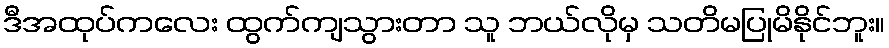
ဒီအထုပ်ကလေး ထွက်ကျသွားတာ သူ ဘယ်လိုမှ သတိမပြုမိနိုင်ဘူး။